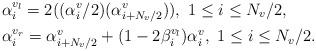
LaTeX: \begin{align*}&\alpha_i^{v_l} = 2 ((\alpha_i^{v}/2) (\alpha^v_{i+N_{v}/2})), \ 1\leq i \leq N_v/2,\\&\alpha_i^{v_r} = \alpha^v_{i+N_v/2}+ (1-2\beta^{v_l}_i) \alpha^v_i, \ 1\leq i \leq N_v/2.\end{align*}